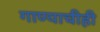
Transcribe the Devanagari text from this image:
गाण्याचीही